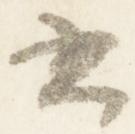
書